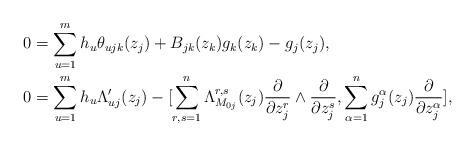
LaTeX: \begin{align*}0&=\sum_{u=1}^m h_u\theta_{ujk}(z_j)+B_{jk}(z_k)g_k(z_k)-g_j(z_j),\,\,\,\,\,\\0&=\sum_{u=1}^mh_u\Lambda_{uj}'(z_j)-[\sum_{r,s=1}^n \Lambda_{M_{0j}}^{r,s}(z_j)\frac{\partial}{\partial z_j^r}\wedge \frac{\partial}{\partial z_j^s},\sum_{\alpha=1}^n g_j^{\alpha}(z_j)\frac{\partial}{\partial z_j^{\alpha}}],\,\,\,\,\,\end{align*}